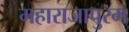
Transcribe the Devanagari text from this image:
महाराजापुरम